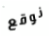
نوقع